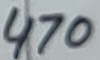
Text: 470